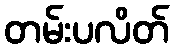
တမ်းပလိတ်